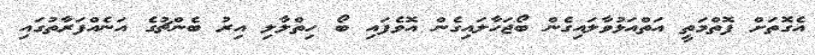
އެގޮތަށް ފޮތްމަތީ އަތްއަޅުވާލައިގެން ބޯޖަހާލައިގެން އޮވެފައި ބޯ ހިތްލާލި އިރު ބެންޗުގެ އަނެއްފަރާތުގައި